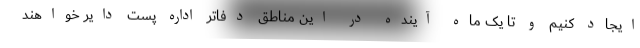
ایجاد کنیم و تا یک ماه آینده در این مناطق دفاتر اداره پست دایر خواهند